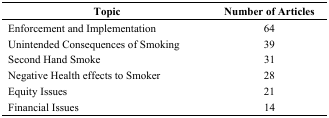
<table><thead><tr><td><b>Topic</b></td><td><b>Number of Articles</b></td></tr></thead><tbody><tr><td>Enforcement and Implementation</td><td>64</td></tr><tr><td>Unintended Consequences of Smoking</td><td>39</td></tr><tr><td>Second Hand Smoke </td><td>31</td></tr><tr><td>Negative Health effects to Smoker</td><td>28</td></tr><tr><td>Equity Issues</td><td>21</td></tr><tr><td>Financial Issues</td><td>14</td></tr></tbody></table>